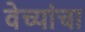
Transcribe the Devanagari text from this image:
वेच्यांचा